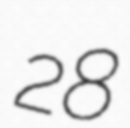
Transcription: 28